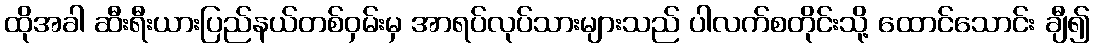
ထိုအခါ ဆီးရီးယားပြည်နယ်တစ်ဝှမ်းမှ အာရပ်လုပ်သားများသည် ပါလက်စတိုင်းသို့ ထောင်သောင်း ချီ၍